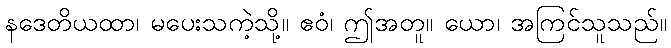
နဒေတိယထာ၊ မပေးသကဲ့သို့။ ဧဝံ၊ ဤအတူ။ ယော၊ အကြင်သူသည်။